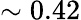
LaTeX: \sim 0.42